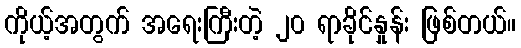
ကိုယ့်အတွက် အရေးကြီးတဲ့ ၂၀ ရာခိုင်နှုန်း ဖြစ်တယ်။